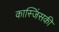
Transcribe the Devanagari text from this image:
कास्जिंसकी